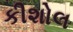
કીશોલ